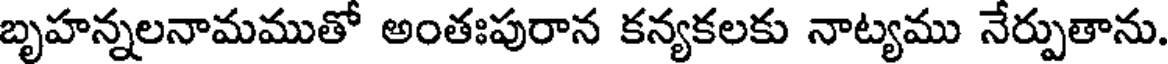
బృహన్నలనామముతో అంతఃపురాన కన్యకలకు నాట్యము నేర్పుతాను.